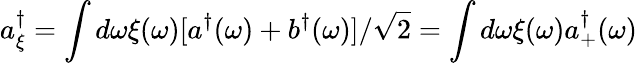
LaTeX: a_{\xi}^{\dagger}=\int d\omega\xi(\omega)[a^{\dagger}(\omega)+b^{\dagger}(\omega)]/\sqrt{2}=\int d\omega\xi(\omega)a_{+}^{\dagger}(\omega)